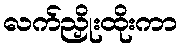
လက်ညှိုးထိုးကာ